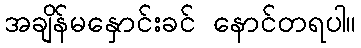
အချိန်မနှောင်းခင် နောင်တရပါ။